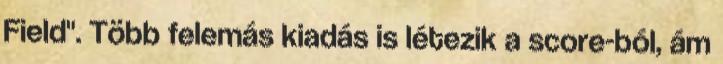
Field". Több felemás kiadás is létezik a score-ból, ám